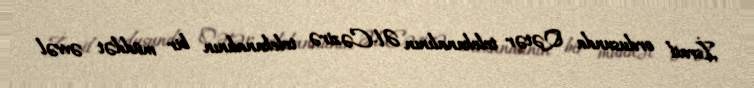
İsrail ordusunda Qətər telekanalının Əl-Cəzirə telekanalının bir müddət əvvəl